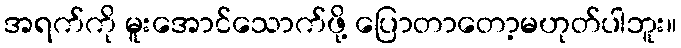
အရက်ကို မူးအောင်သောက်ဖို့ ပြောတာတော့မဟုတ်ပါဘူး။